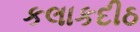
કલાકદીઠ